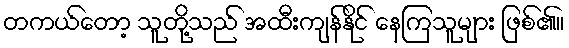
တကယ်တော့ သူတို့သည် အထီးကျန်နိုင် နေကြသူများ ဖြစ်၏။